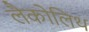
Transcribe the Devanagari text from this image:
लैकोलिथ